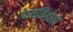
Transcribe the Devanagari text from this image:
दासविद्रोहों